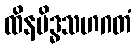
ထိနမိဒ္ဓသဟဂတံ